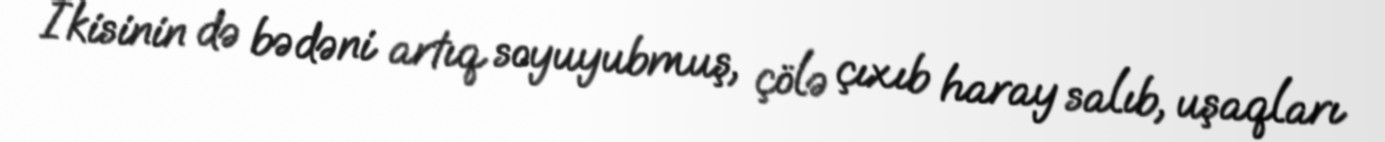
İkisinin də bədəni artıq soyuyubmuş, çölə çıxıb haray salıb, uşaqları